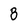
Character: 8